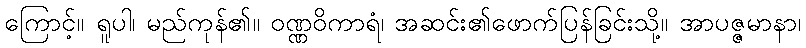
ကြောင့်။ ရူပါ၊ မည်ကုန်၏။ ဝဏ္ဏဝိကာရံ၊ အဆင်း၏ဖောက်ပြန်ခြင်းသို့။ အာပဇ္ဇမာနာ၊